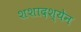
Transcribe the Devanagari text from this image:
शशादश्येन